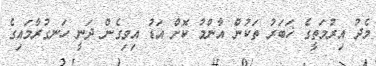
މެދު އިރުމަތީގެ ޚަބަރު ތަކުން އާންމު ކޮށް އަޑު އިވިގެން ދަނީ ހަނގުރާމައިގެ